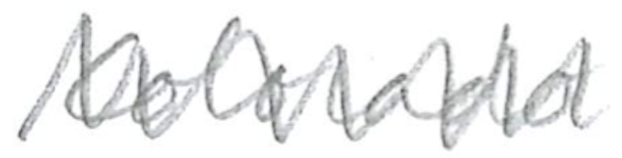
Text: Colorado
Cross-out: zig-zag
Writing tool: pencil